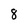
Character: 8